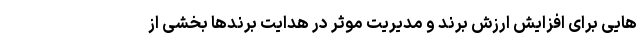
هایی برای افزایش ارزش برند و مدیریت موثر در هدایت برندها بخشی از